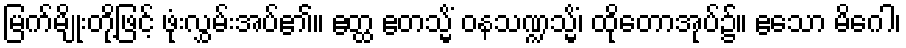
မြက်မျိုးတို့ဖြင့် ဖုံးလွှမ်းအပ်၏။ ဧတ္ထ ဧတသ္မိံ ဝနသဏ္ဍသ္မိံ၊ ထိုတောအုပ်၌။ ဧသော မိဂေါ၊